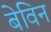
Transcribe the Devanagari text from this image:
बेविन